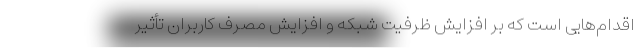
اقدام‌هایی است که بر افزایش ظرفیت شبکه و افزایش مصرف کاربران تأثیر